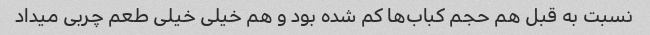
نسبت به قبل هم حجم کباب‌ها کم شده بود و هم خیلی خیلی طعم چربی میداد